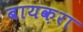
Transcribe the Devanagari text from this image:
बायक़रा